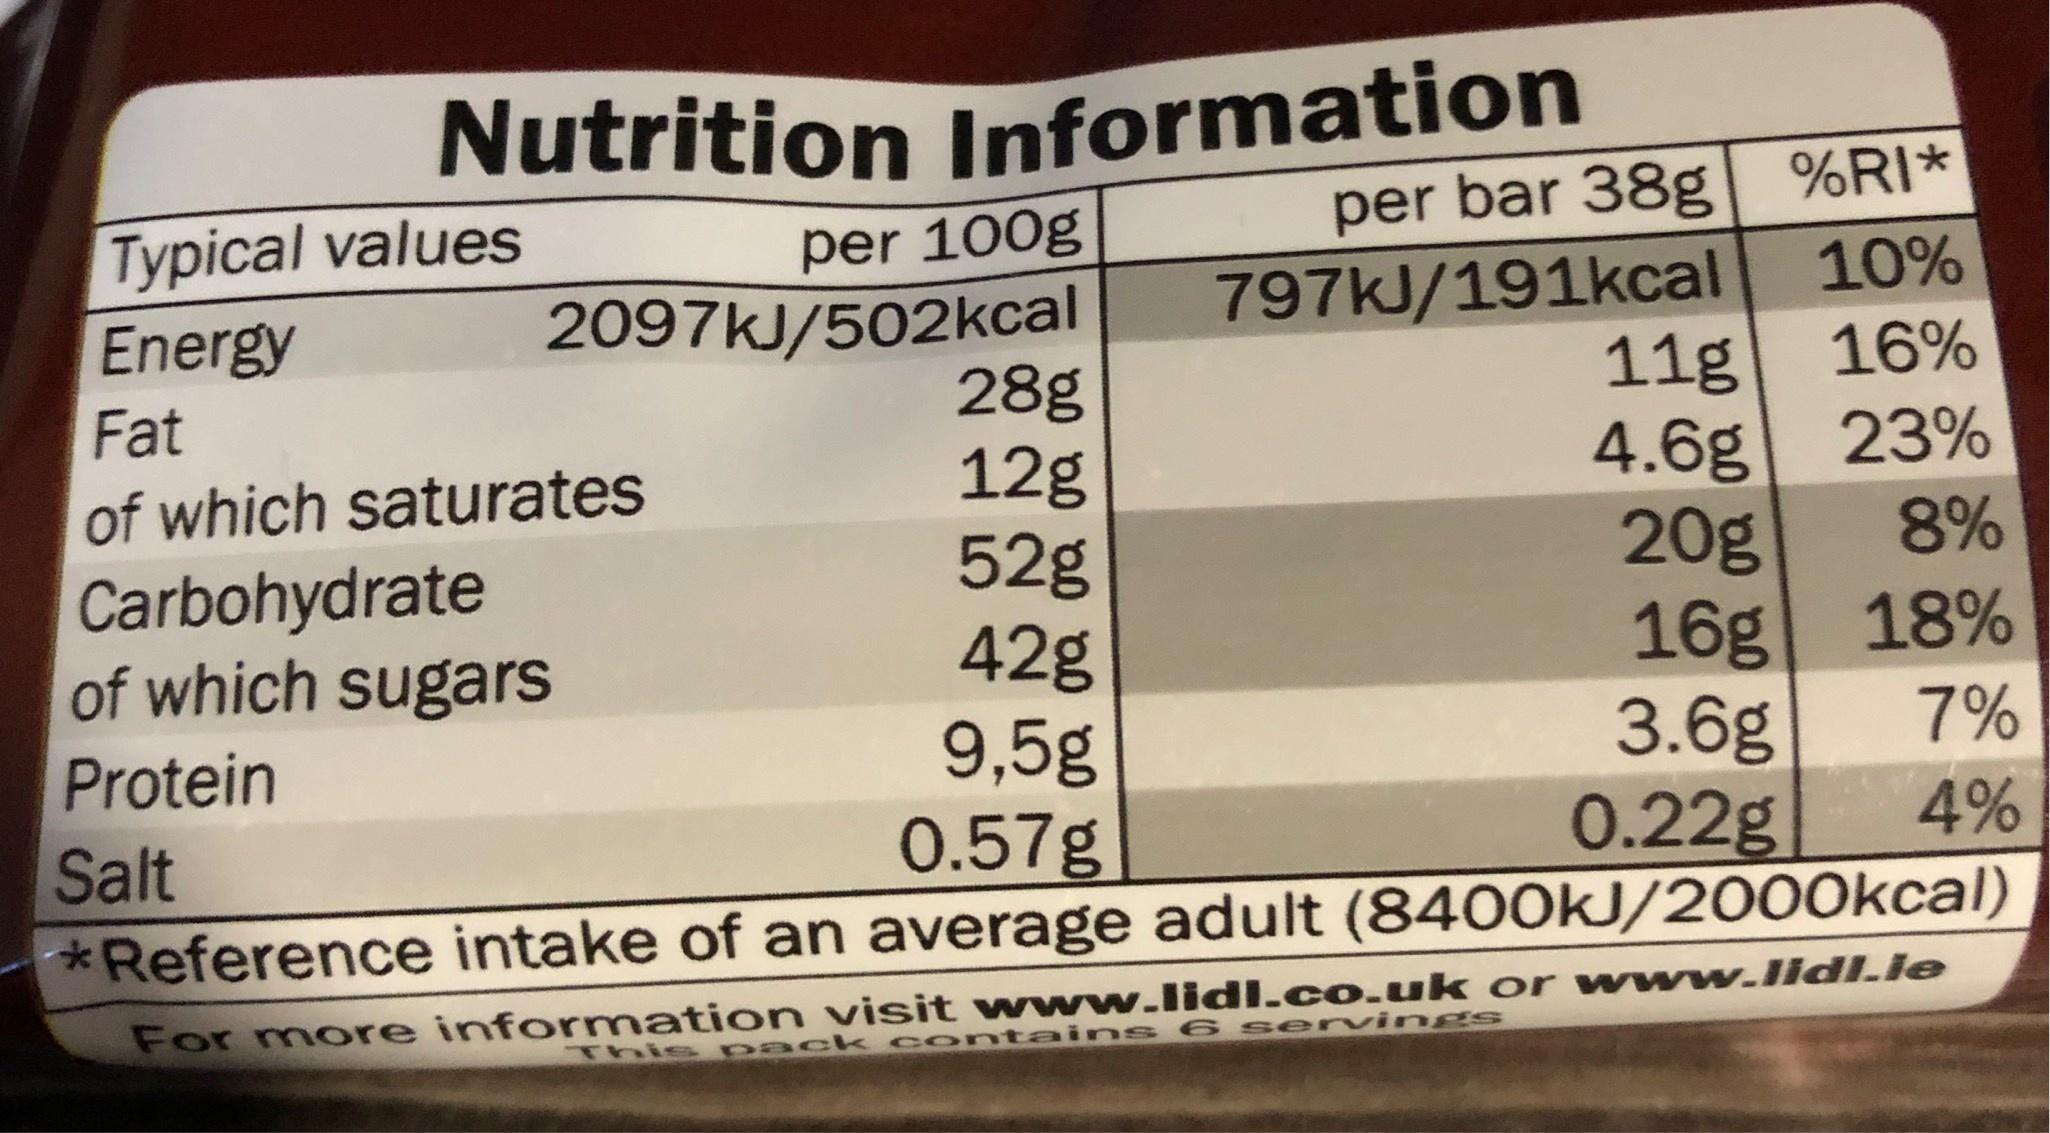
Nutrition Information per bar 38g 797KJ/191kcal 11g 4.6g 20g 16g 3.6g 0.22g %RI* Typical values per 100g 10% 2097KJ/502kcal Energy 16% 28g 12g 52g 42g 9,5g 0.57g *Reference intake of an average adult (8400KJ/2000kcal) Fat 23% of which saturates 8% Carbohydrate of which sugars 18% 7% Protein 4% Salt For more information visit www.lidl.co.uk or www.lidIle This pac k con tain s 6 s ervi ngs